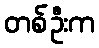
တစ်ဦးက